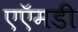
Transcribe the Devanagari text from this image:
एऍमडी